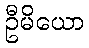
ဦမိယော